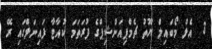
3  އެލް މޯބައިލް ޔޫތު ޗެމްޕިއަންޝިޕްގެ ފުރަތަމަ ކުއާޓާ ފައިނަލްގައި ރޭ